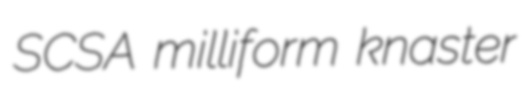
SCSA milliform knaster